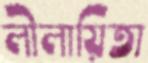
লীলায়িতা